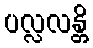
ပလ္လလန္တိ